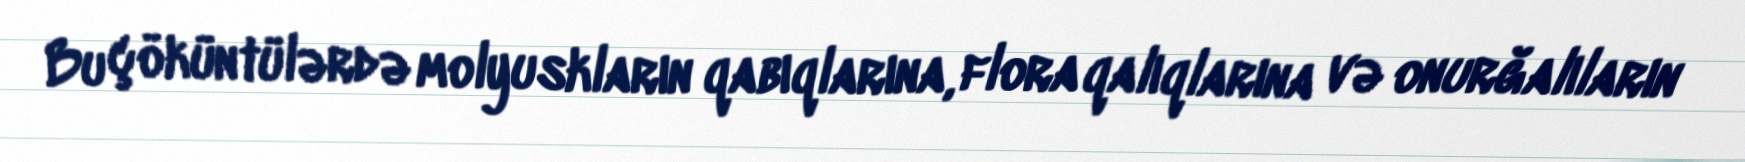
Bu çöküntülərdə molyuskların qabıqlarına, flora qalıqlarına və onurğalıların